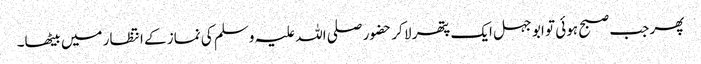
پھر جب صبح ہوئی تو ابو جہل ایک پتھر لا کر حضور صلی اللہ علیہ وسلم کی نماز کے انتظار میں بیٹھا۔